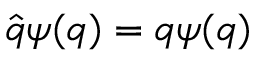
{ \hat { q } } \psi ( q ) = q \psi ( q )